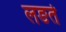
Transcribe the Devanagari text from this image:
लङते